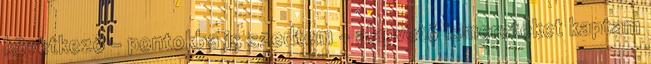
következő – pontokba is szedtem - alapvető ismere­te­ket kap­­tam